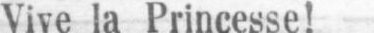
Vive la Princesse!